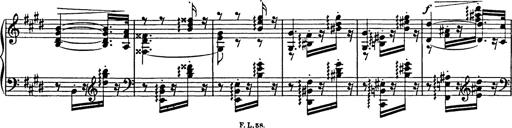
Title: Consolations
Composer: Franz Liszt